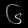
Digit: ၆